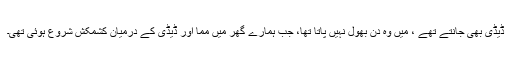
ڈیڈی بھی جانتے تھے ، میں وہ دن بھول نہیں پاتا تھا، جب ہمارے گھر میں مما اور ڈیڈی کے درمیان کشمکش شروع ہوئی تھی۔